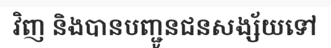
វិញ និងបានបញ្ជូនជនសង្ស័យទៅ